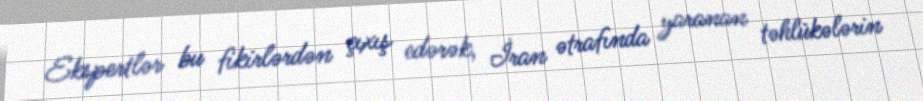
Ekspertlər bu fikirlərdən çıxış edərək, İran ətrafında yaranan təhlükələrin